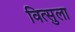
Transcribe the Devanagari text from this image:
वित्सुला